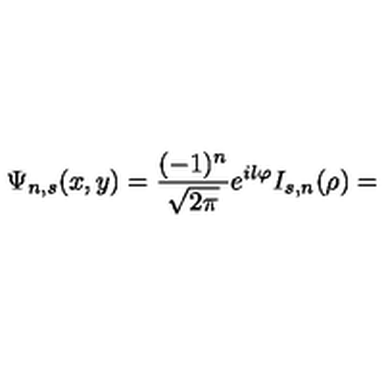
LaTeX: \Psi _ { n , s } ( x , y ) = \frac { ( - 1 ) ^ { n } } { \sqrt { 2 \pi } } e ^ { i l \varphi } I _ { s , n } ( \rho ) =